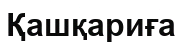
Қашқариға